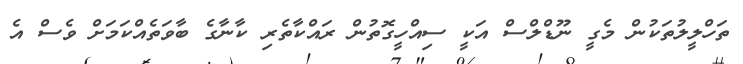
ތަހްލީލުތަކުން މެގީ ނޫޑްލްސް އަކީ ސިއްހީގޮތުން ރައްކާތެރި ކާނާގެ ބާވަތެއްކަމަށް ވެސް އެ